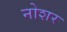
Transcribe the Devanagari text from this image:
नोशर